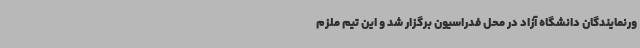
ورنمایندگان دانشگاه آزاد در محل فدراسیون برگزار شد و این تیم ملزم